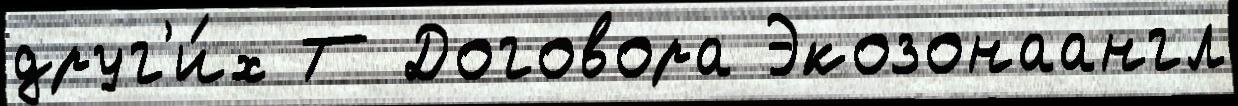
друг'и́х Т Договора Экозонаангл